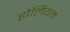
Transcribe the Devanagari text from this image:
होलियम